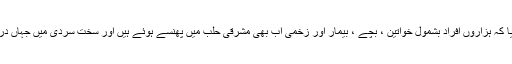
انٹرنیشنل کمیٹی آف ریڈکراس نے بتایا کہ ہزاروں افراد بشمول خواتین ، بچے ، بیمار اور زخمی اب بھی مشرقی حلب میں پھنسے ہوئے ہیں اور سخت سردی میں جہاں درجہ حرارت نقطہ انجماد کو پہنچ گیا ۔